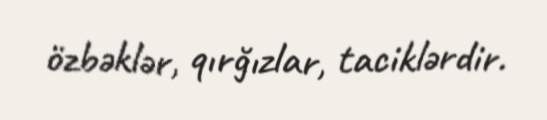
özbəklər, qırğızlar, taciklərdir.